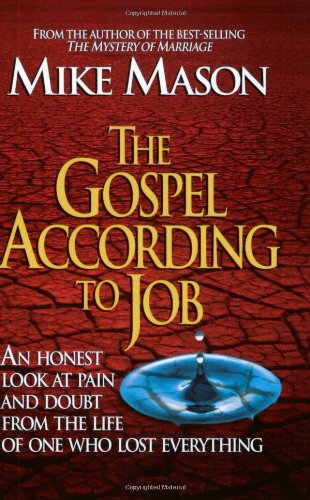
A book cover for The Gospel According to Job: An Honest Look at Pain and Doubt from the Life of One Who Lost Everything; Mike Mason; Christian Books & Bibles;